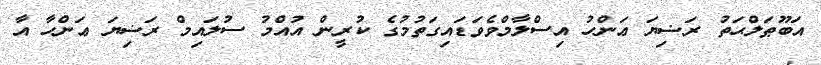
އަބޫޠަލްޙަތު ރަޟިޔަ ޢަންހު އިސްލާމްވެވަޑައިގަތުމުގެ ކުރީން އުއްމު ސުލައިމް ރަޟިޔަ ޢަންހާ އާ